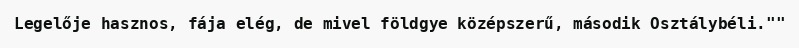
Legelője hasznos, fája elég, de mivel földgye középszerű, második Osztálybéli.""